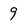
Character: 9